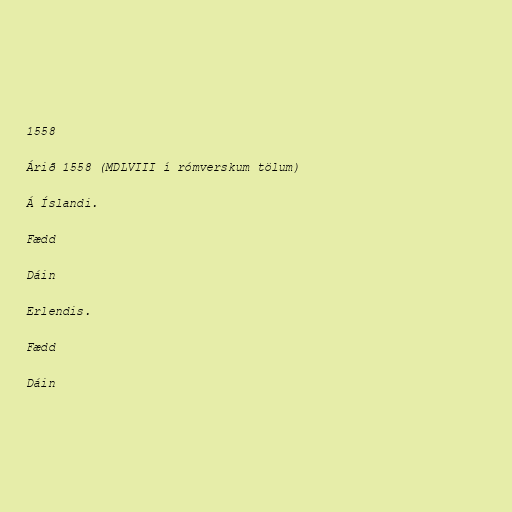
1558

Árið 1558 (MDLVIII í rómverskum tölum)

Á Íslandi.

Fædd

Dáin

Erlendis.

Fædd

Dáin